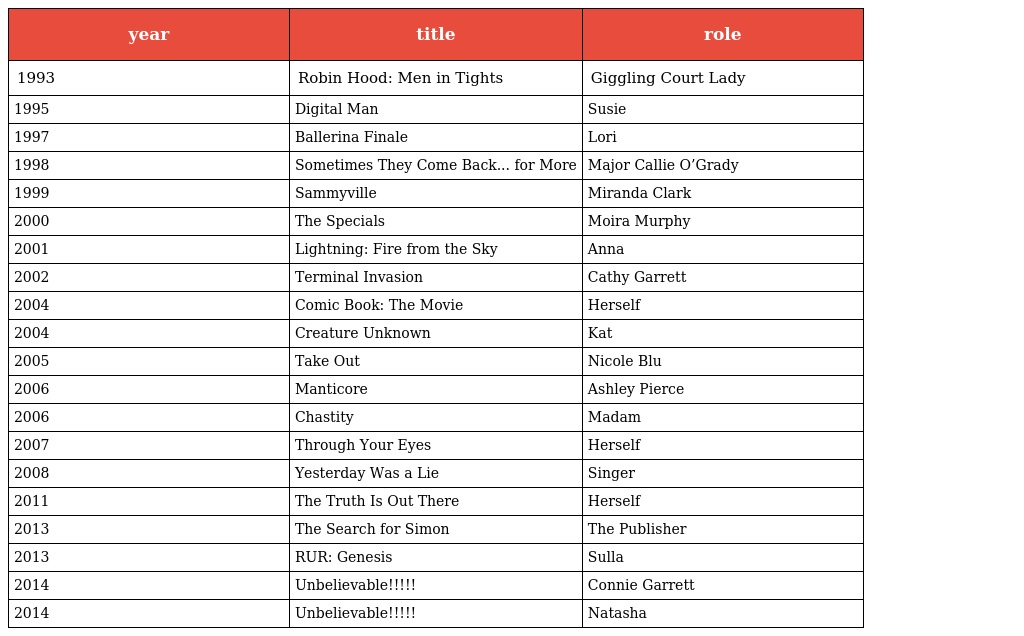
| year | title | role |
 | --- | --- | --- |
 | 1993 | Robin Hood: Men in Tights | Giggling Court Lady |
 | 1995 | Digital Man | Susie |
 | 1997 | Ballerina Finale | Lori |
 | 1998 | Sometimes They Come Back... for More | Major Callie O’Grady |
 | 1999 | Sammyville | Miranda Clark |
 | 2000 | The Specials | Moira Murphy |
 | 2001 | Lightning: Fire from the Sky | Anna |
 | 2002 | Terminal Invasion | Cathy Garrett |
 | 2004 | Comic Book: The Movie | Herself |
 | 2004 | Creature Unknown | Kat |
 | 2005 | Take Out | Nicole Blu |
 | 2006 | Manticore | Ashley Pierce |
 | 2006 | Chastity | Madam |
 | 2007 | Through Your Eyes | Herself |
 | 2008 | Yesterday Was a Lie | Singer |
 | 2011 | The Truth Is Out There | Herself |
 | 2013 | The Search for Simon | The Publisher |
 | 2013 | RUR: Genesis | Sulla |
 | 2014 | Unbelievable!!!!! | Connie Garrett |
 | 2014 | Unbelievable!!!!! | Natasha |